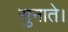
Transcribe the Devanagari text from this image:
सुनाते।